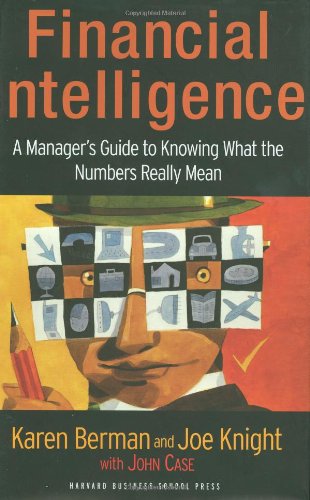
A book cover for Financial Intelligence: A Manager's Guide to Knowing What the Numbers Really Mean; Karen Berman; Business & Money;